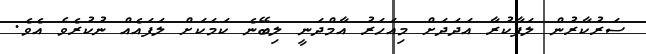
ސަރުކާރުން ލަފާކުރާ އަދަދަށް މިއަހަރު އާމްދަނީ ލިބޭނެ ކަމަކަށް ލަފައެއް ނުކުރެވެ އެވެ.